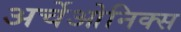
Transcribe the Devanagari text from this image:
अर्चेओनिक्स